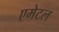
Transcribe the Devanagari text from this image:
एमेटल